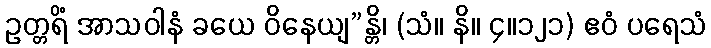
ဥတ္တရိံ အာသဝါနံ ခယေ ဝိနေယျ”န္တိ၊ (သံ။ နိ။ ၄။၁၂၁) ဧဝံ ပရေသံ